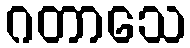
ဂတာသေ